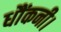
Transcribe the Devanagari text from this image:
धौंकनी।